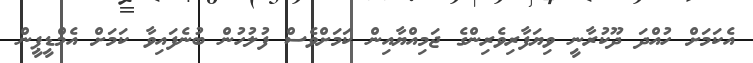
އެކަމަށް ހުއްދަ ދޫކުރާނީ ވިޔަފާރިވެރިންގެ ޖަމިއްޔާއިން ކަމަށްވެސް ފުލުހުން ބުނެފައިވާ ކަމަށް އެމްޑީޕީން